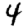
Digit: 4